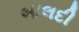
બાલદી